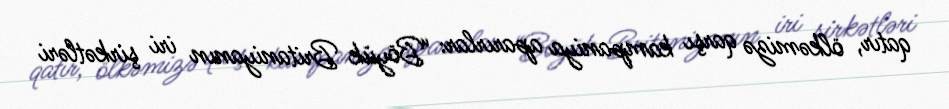
qatır, ölkəmizə qarşı kampaniya aparırlar: “Böyük Britaniyanın iri şirkətləri